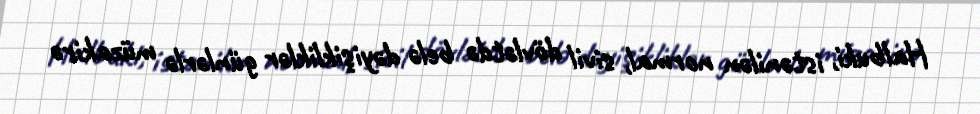
Halbuki, istənilən normal, sivil dövlətdə belə dəyişikliklər günlərlə müzakirə